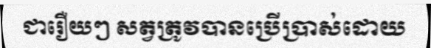
ជារឿយៗ សត្វត្រូវបានប្រើប្រាស់ដោយ